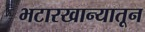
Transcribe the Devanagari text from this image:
भटारखान्यातून